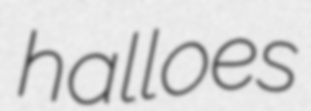
halloes